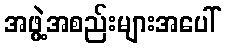
အဖွဲ့အစည်းများအပေါ်